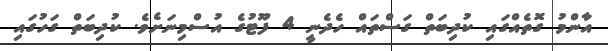
އާންމު ގޮތެއްގައި ކުދިބަތް ގަސްތައް ހެދެނީ 4 ފޫޓުގެ އުސްމިނަށެވެ. ކުދިބަތް ގަހުގައި